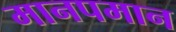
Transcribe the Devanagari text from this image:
मानपमान